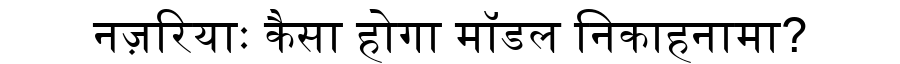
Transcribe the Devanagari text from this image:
नज़रियाः कैसा होगा मॉडल निकाहनामा?